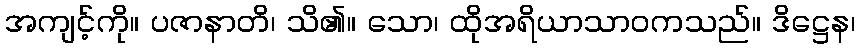
အကျင့်ကို။ ပဇာနာတိ၊ သိ၏။ သော၊ ထိုအရိယာသာဝကသည်။ ဒိဋ္ဌေန၊